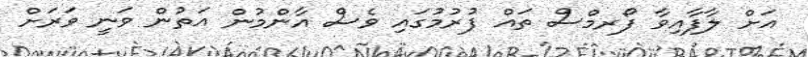
އަށް ލާފާއިވާ ފޯރމްސް ތައް ފުރުމުގައި ވެސް އާންމުން އަތުން ވަނީ ވަރަށް